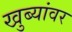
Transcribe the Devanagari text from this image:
खुब्यांवर